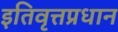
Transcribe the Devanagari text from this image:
इतिवृत्तप्रधान